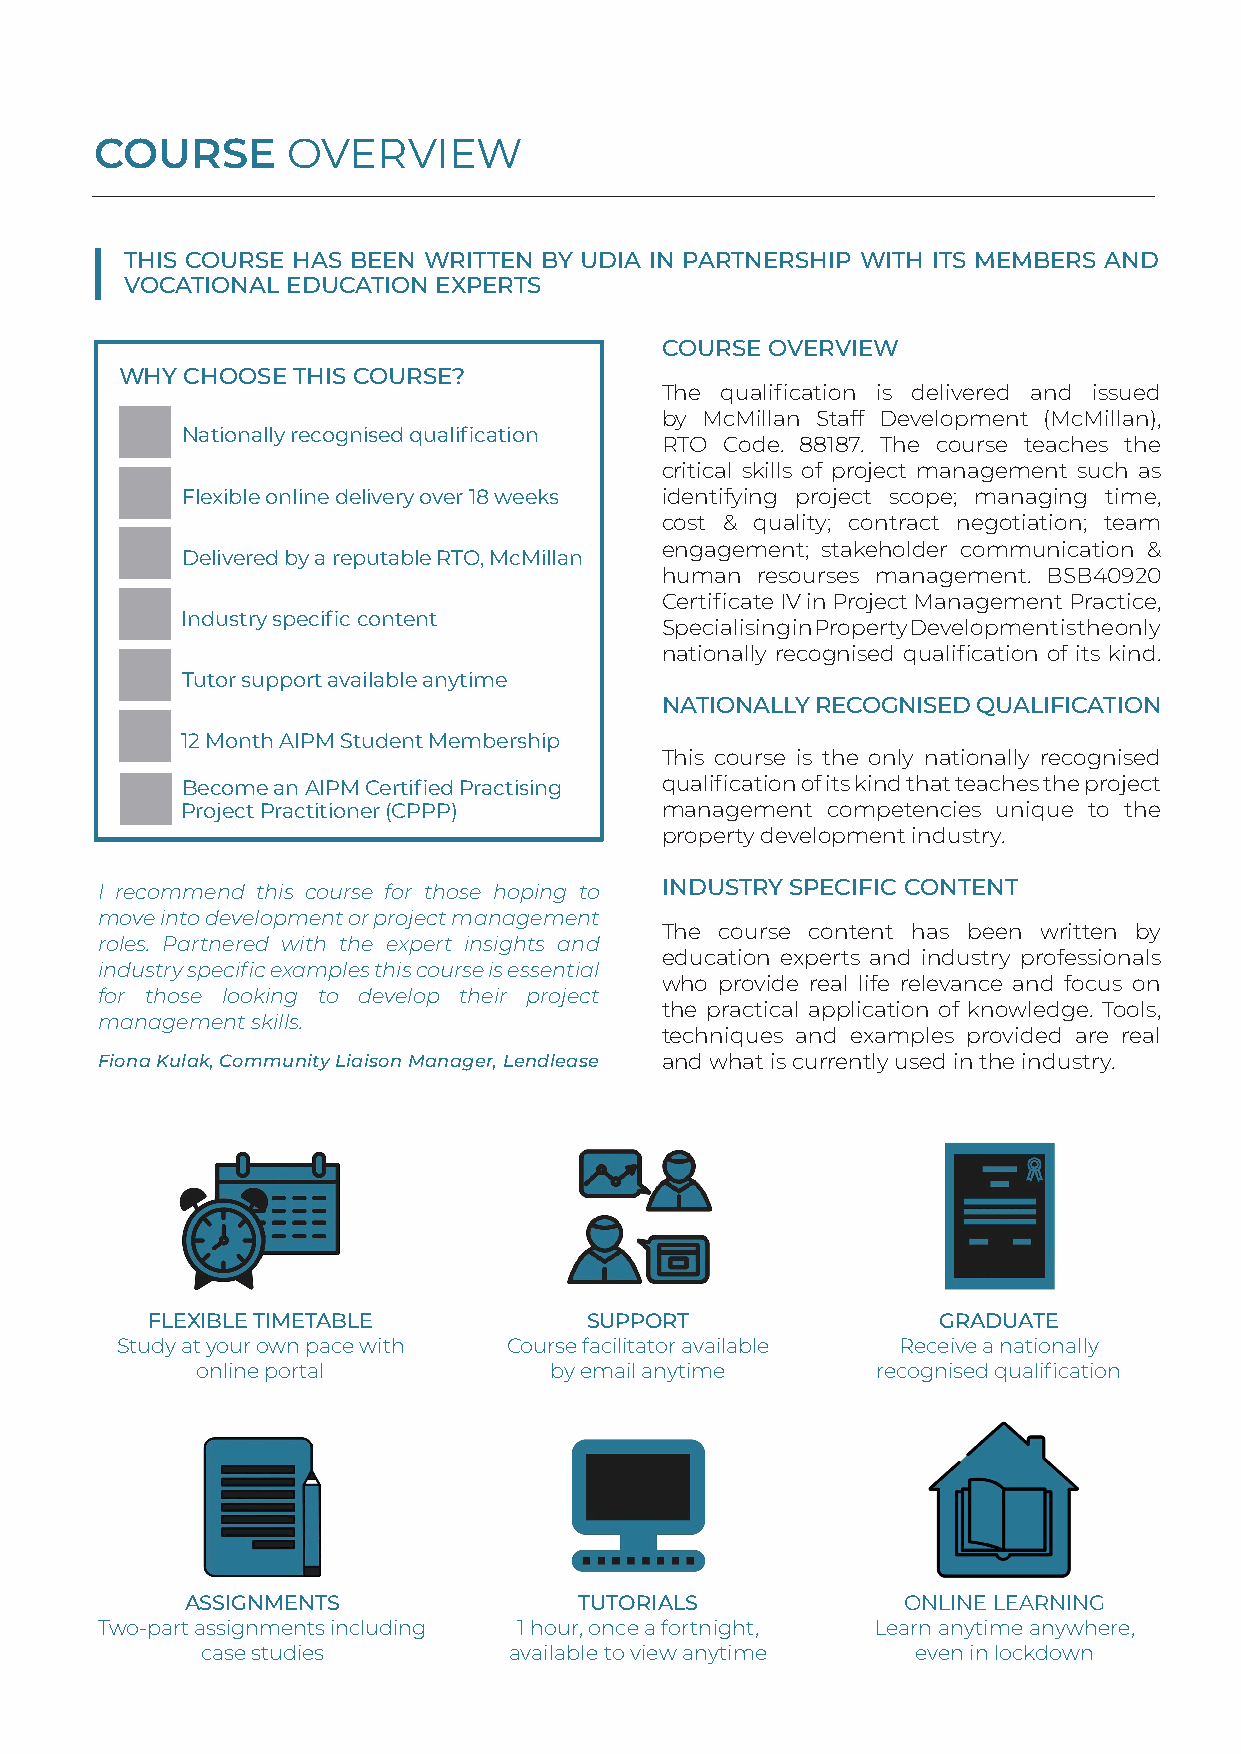
COURSE       OVERVIEW
 THIS COURSE HAS BEEN WRITTEN BY UDIA IN PARTNERSHIP WITH ITS MEMBERS AND
 VOCATIONAL EDUCATION EXPERTS
 COURSE OVERVIEW
 WHY CHOOSE THIS COURSE?
 The qualification is delivered and issued
 by McMillan Staff Development (McMillan),
 Nationally recognised qualification
 RTO Code. 88187. The course teaches the
 critical skills of project management such as
 Flexible online delivery over 18 weeks identifying project scope; managing time,
 cost & quality; contract negotiation; team
 engagement; stakeholder communication &
 D elivered by a reputable RTO, McMillan
 human resourses management. BSB40920
 Certificate IV in Project Management Practice,
 Industry specific content
 Specialising in Property Development is the only
 nationally recognised qualification of its kind.
 Tutor support available anytime
 NATIONALLY RECOGNISED QUALIFICATION
 12 Month AIPM Student Membership
 This course is the only nationally recognised
 Become an AIPM Certified Practising qualification of its kind that teaches the project
 Project Practitioner (CPPP)     management competencies unique to the
 property development industry.
 I recommend this course for those hoping to INDUSTRY SPECIFIC CONTENT
 move into development or project management
 The course content has been written by
 roles. Partnered with the expert insights and
 education experts and industry professionals
 industry specific examples this course is essential
 who provide real life relevance and focus on
 for those looking to develop their project
 the practical application of knowledge. Tools,
 management skills.
 techniques and examples provided are real
 Fiona Kulak, Community Liaison Manager, Lendlease and what is currently used in the industry.
 FLEXIBLE TIMETABLE           SUPPORT                GRADUATE
 Study at your own pace with Course facilitator available Receive a nationally
 online portal          by email anytime      recognised qualification
 ASSIGNMENTS               TUTORIALS             ONLINE LEARNING
 Two-part assignments including 1 hour, once a fortnight, Learn anytime anywhere,
 case studies         available to view anytime  even in lockdown